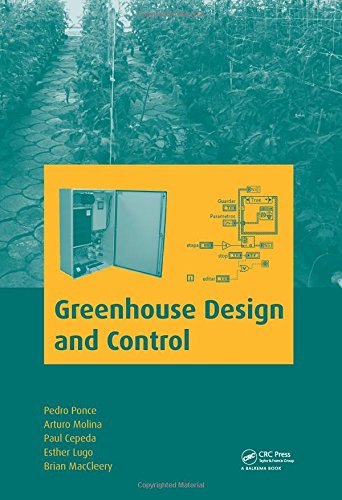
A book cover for Greenhouse Design and Control; Pedro Ponce; Crafts, Hobbies & Home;